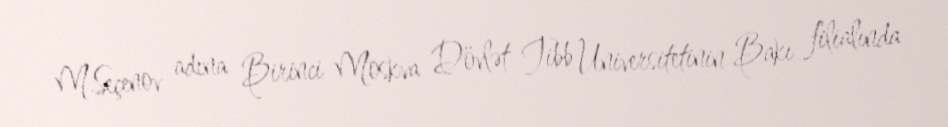
M.Seçenov adına Birinci Moskva Dövlət Tibb Universitetinin Bakı filialında